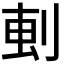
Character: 𫦂